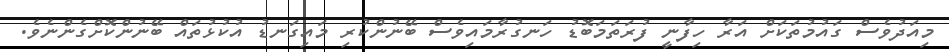
މިއަދުވެސް ގައުމުތަކަށް އަރާ ހިފާނީ ފުރަތަމަބޮޑު ހަނގުރާމައިވެސް ބޭނުންކުރި މައިގަނޑު އުކުޅުތައް ބޭނުންކޮށްގެންނެވެ.